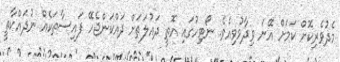
މެދުވެރިކޮށް ކަމަށް އޭނަ ވިދާޅުވިއެވެ. ނޯޓިހުގައި އޮތީ ދައުލަތަށް ދައްކަންޖެހޭ ފައިސާތަކެއް ނުދައްކާތީ